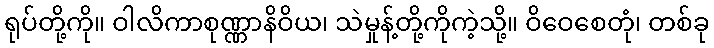
ရုပ်တို့ကို။ ဝါလိကာစုဏ္ဏာနိဝိယ၊ သဲမှုန့်တို့ကိုကဲ့သို့။ ဝိဝေစေတုံ၊ တစ်ခု